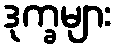
ဒုက္ခများ